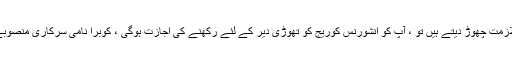
اگر آپ اپنی ملازمت چھوڑ دیتے ہیں تو ، آپ کو انشورنس کوریج کو تھوڑی دیر کے لئے رکھنے کی اجازت ہوگی ، کوبرا نامی سرکاری منصوبے کے ذریعے۔